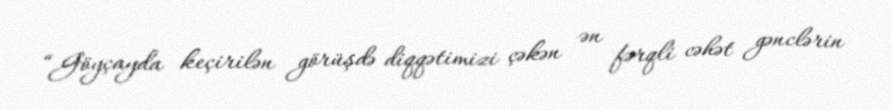
“Göyçayda keçirilən görüşdə diqqətimizi çəkən ən fərqli cəhət gənclərin